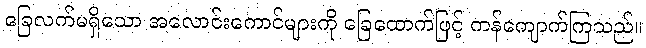
ခြေလက်မရှိသော အလောင်းကောင်များကို ခြေထောက်ဖြင့် ကန်ကျောက်ကြသည်။